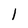
Character: I